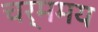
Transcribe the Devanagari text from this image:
चर्ममय